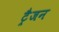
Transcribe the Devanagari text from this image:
ट्रैजन